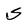
Character: S